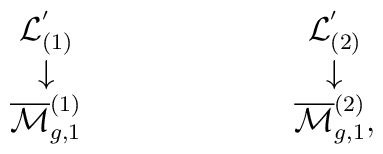
\begin{array}{ccc} {\cal L}^{'}_{(1)}&\hspace{2cm} & {\cal L}^{'}_{(2)} \\ \downarrow &    \hspace{2cm} & \downarrow \\    \overline{{\cal M}}_{g,1}^{(1)} &\hspace{2cm} &  \overline{{\cal M}}_{g,1}^{(2)},  \end{array}